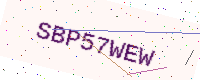
Text: SBP57WEW